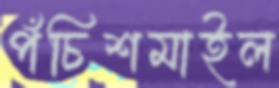
পঁচিশমাইল